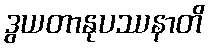
ဒွယတာနုပဿနာတိ